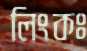
লিংকঃ